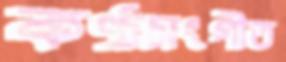
কণ্ঠসংগীত